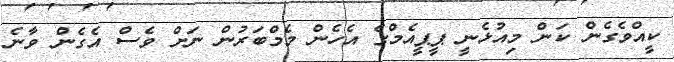
ކީއްވެގެން ކަން މިއުޅެނީ ޕީޕީއެމްގެ އެހެން މެމްބަރުން ނަށް ވެސް އެގެން ވާނެ